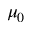
\mu _ { 0 }